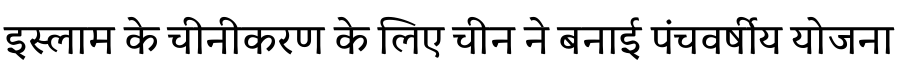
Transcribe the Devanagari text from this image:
इस्लाम के चीनीकरण के लिए चीन ने बनाई पंचवर्षीय योजना